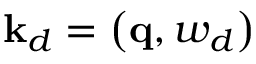
\mathbf { k } _ { d } = \left( \mathbf { q } , w _ { d } \right)